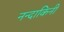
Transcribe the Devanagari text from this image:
नन्दाकिनी